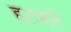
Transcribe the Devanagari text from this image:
हरामने